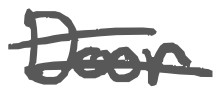
Text: Door
Cross-out: double-line
Writing tool: digital_gray